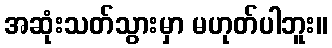
အဆုံးသတ်သွားမှာ မဟုတ်ပါဘူး။